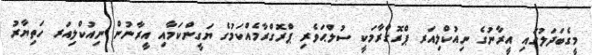
މީގެބަދަލުގައި އީރާނުގެ ނިއުކްލިއަރ ޕްރޮގްރާމަކީ ސުލްޙަވެރި ޕްރޮގްރާމެއްކަމުގެ ޔަގީންކަމާއި އީރާނުން ނިއުކްލިއަރ ހަތިޔާރު